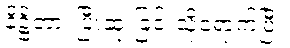
နိဋ္ဌိတာ၊ ပြီးဆုံးခြင်းသို့ရောက်ပြီ။